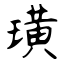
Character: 璜